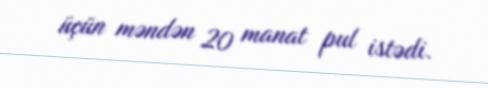
üçün məndən 20 manat pul istədi.